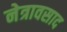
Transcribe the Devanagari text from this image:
नेत्रावसाद